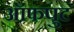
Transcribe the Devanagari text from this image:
ऑफपुट